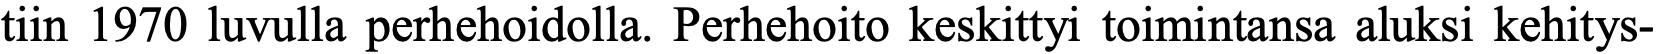
tiin 1970 luvulla perhehoidolla. Perhehoito keskittyi toimintansa aluksi kehitys-